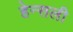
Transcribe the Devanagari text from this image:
हेन्सली